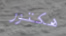
هكتور